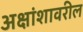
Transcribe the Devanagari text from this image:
अक्षांशावरील